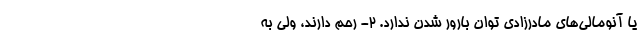
یا آنومالی‌های مادرزادی توان بارور شدن ندارد. ۲- رحم دارند، ولی به